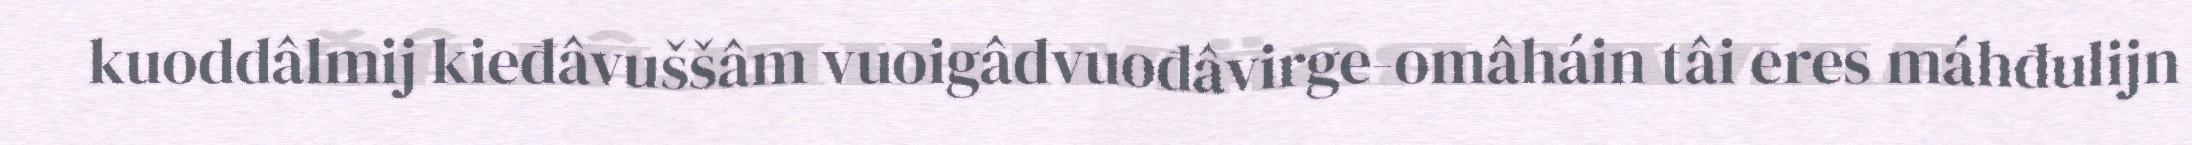
kuoddâlmij kieđâvuššâm vuoigâdvuođâvirge-omâháin tâi eres máhđulijn